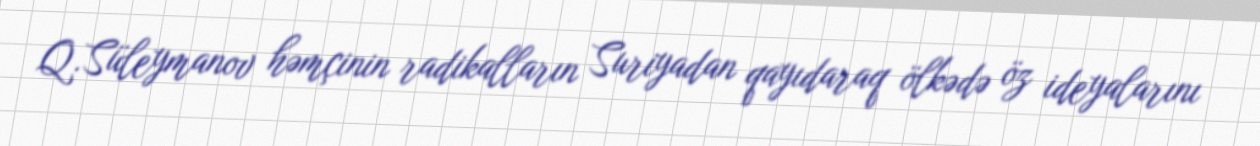
Q.Süleymanov həmçinin radikalların Suriyadan qayıdaraq ölkədə öz ideyalarını